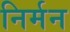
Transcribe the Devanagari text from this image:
निर्मन